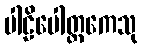
ပါဠိပေါတ္ထကေသု